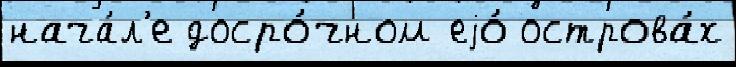
нача́л'е досро́чном еjо́ острова́х